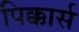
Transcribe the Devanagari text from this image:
पिक्कार्स